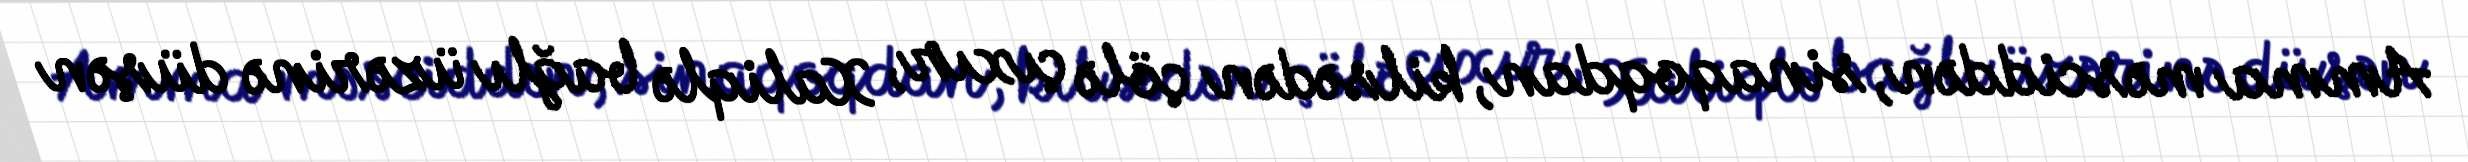
Amma məsciddən, sinaqoqdan, kilsədən çölə çıxır, Xaliqlə bağlı üzərinə düşən